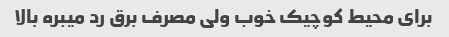
برای محیط کوچیک خوب ولی مصرف برق رد میبره بالا